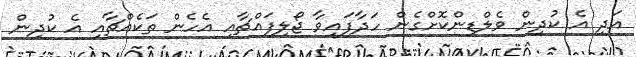
އަދި އެ ކުދިން ވެލްޑިންކޮށްގެން ހަދާފައިވާ ޖޯލިފައްޗާއި އެހެން ތަކެއްޗާއި އެ ކުދިން